Report of the Municipal Commissioner on the plague in Bombay for the year ending 31st May... - Volume 2
Disease focus: Plague
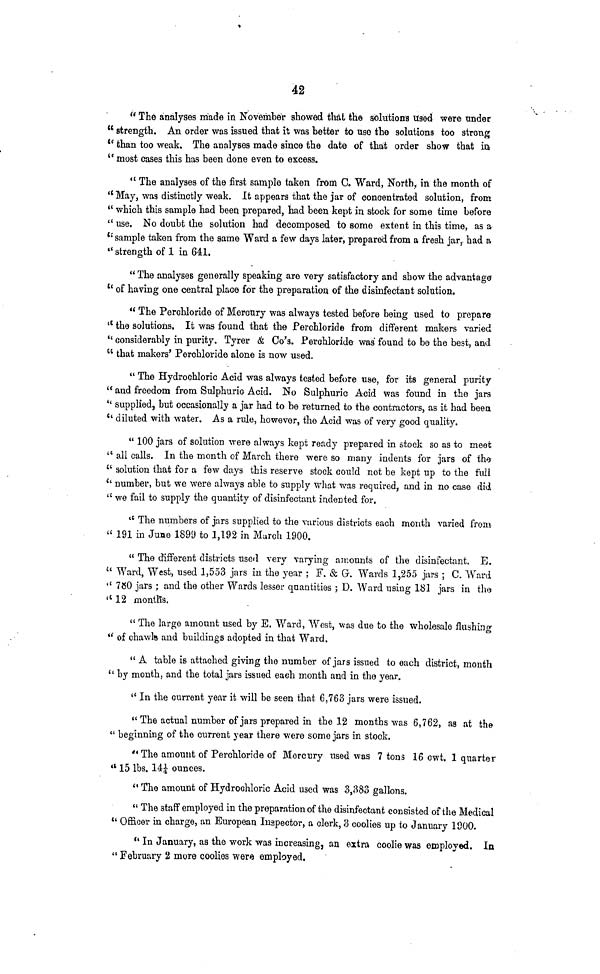
42
" The analyses made in November showed that the solutions used were trader
" strength. An order was issued that it was better to use the solutions too strong
" than too weak. The analyses made since the date of that order show that ia
" most cases this has been done even to excess.
" The analyses of the first sample taken from C. Ward, North, in the month of
"May, was distinctly weak. It appears that the jar of concentrated solution, from
" which this sample had been prepared, had been kept in stock for some time before
" use. No doubt the solution had decomposed to some extent in this time, as a
" sample taken from the same Ward a few days later, prepared from a fresh jar, had a
" strength of 1 in 641.
" The analyses generally speaking are very satisfactory and show the advantage
" of having one central place for the preparation of the disinfectant solution.
" The Perchloride of Mercury was always tested before being used to prepare
" the solutions. It was found that the Perchloride from different makers varied
" considerably in purity. Tyrer & Co's. Perchloride was found to be the best, and
" that makers' Perchloride alone is now used.
" The Hydrochloric Acid was always tested before use, for its general purity
" and freedom from Sulphuric Acid. No Sulphuric Acid was found in the jars
" supplied, but occasionally a jar had to be returned to the contractors, as it had been
" diluted with water. As a rule, however, the Acid was of very good quality.
" 100 jars of solution were always kept ready prepared in stock so as to meet
" all calls. In the month of March there were so many indents for jars of the
" solution that for a few days this reserve stock could not be kept up to the full
" number, but we were always able to supply what was required, and in no case did
" we fail to supply the quantity of disinfectant indented for.
" The numbers of jars supplied to the various districts each month varied from
"191 in June 1899 to 1,192 in March 1900.
" The different districts used very varying amounts of the disinfectant, E.
" Ward, West, used 1,553 jars in the year ; F. & G. Wards 1,255 jars ; C. Ward
" 780 jars ; and the other Wards lesser quantities ; D. Ward using 181 jars in the
" 12 month's.
" The large amount used by E. Ward, West, was due to the wholesale flushing
" of chawls and buildings adopted in that Ward.
" A table is attached giving the number of jars issued to each district, mouth
" by month, and the total jars issued each month and in the year.
" In the current year it will be seen that 6,763 jars were issued.
" The actual number of jars prepared in the 12 months was 6,762, as at the
" beginning of the current year there were some jars in stock.
"The amount of Perchloride of Mercury used was 7 tons 16 cwt. 1 quarter
" 15 Ibs. 14¼ ounces.
" The amount of Hydrochloric Acid used was 3,383 gallons.
" The staff employed in the preparation of the disinfectant consisted of the Medical
" Officer in charge, an European Inspector, a clerk, 3 coolies up to January 1900.
" In January, as the work was increasing, an extra coolie was employed. In
" February 2 more coolies were employed,